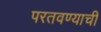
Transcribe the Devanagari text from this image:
परतवण्याची